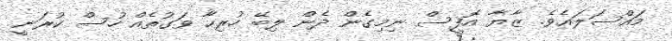
މައްސަލައެވެ. ޒާޔާ އޮފީސް ނިމިގެން ދެން ލިބޭ ހުރިހާ ވަގުތެއް ހުސް ކުރަނީ